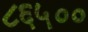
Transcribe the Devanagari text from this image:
८६५००